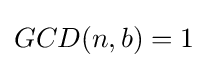
GCD(n,b)=1